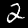
Digit: 2